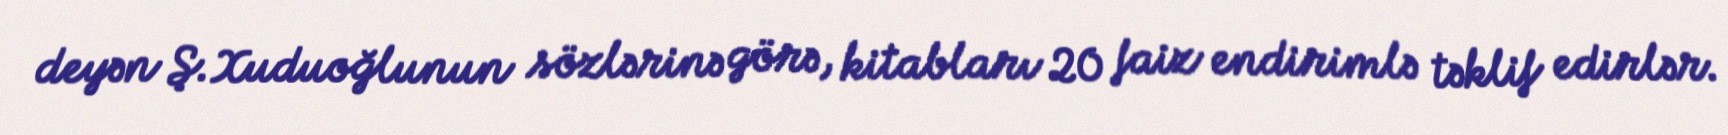
deyən Ş.Xuduoğlunun sözlərinə görə, kitabları 20 faiz endirimlə təklif edirlər.